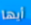
أيها